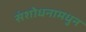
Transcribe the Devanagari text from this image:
संशोधनामधुन